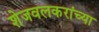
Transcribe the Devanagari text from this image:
शेजवलकरांच्या